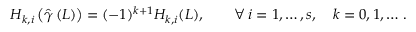
H _ { k , i } \left( { \hat { \gamma } } \left( L \right) \right) = ( - 1 ) ^ { k + 1 } H _ { k , i } ( L ) , \qquad \forall \, i = 1 , \ldots , s , \quad k = 0 , 1 , \ldots \, .